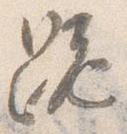
跪